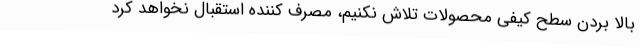
بالا بردن سطح کیفی محصولات تلاش نکنیم، مصرف کننده استقبال نخواهد کرد